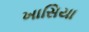
ખાસિયા